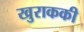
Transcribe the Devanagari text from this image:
खुराककी